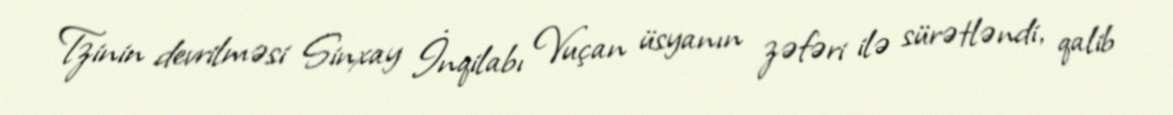
Tzinin devrilməsi Sinxay İnqilabı Vuçan üsyanın zəfəri ilə sürətləndi, qalib